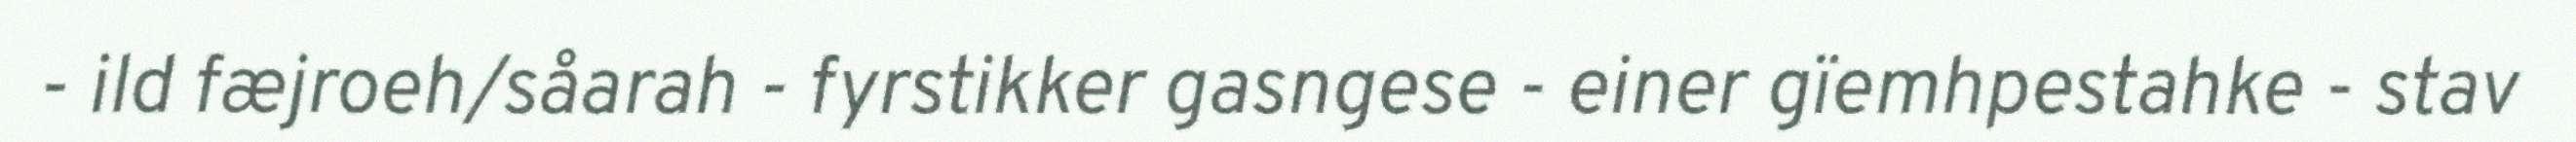
- ild fæjroeh/såarah - fyrstikker gasngese - einer gïemhpestahke - stav